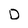
Character: D